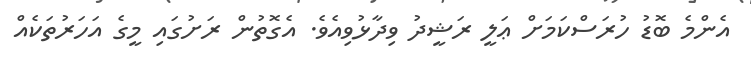
އެންމެ ބޮޑު ހުރަސްކަމަށް ޢަލީ ރަޝީދު ވިދާޅުވިއެވެ. އެގޮތުން ރަށުގައި މީގެ އަހަރުތަކެއް